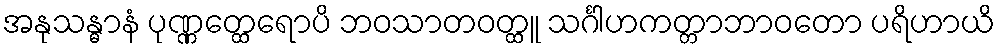
အနုသန္ဓာနံ ပုဏ္ဏတ္ထေရောပိ ဘဝသာတဝတ္ထူ သင်္ဂါဟကတ္တာဘာဝတော ပရိဟာယိ